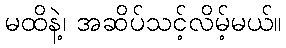
မထိနဲ့၊ အဆိပ်သင့်လိမ့်မယ်။